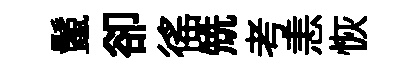
鬛卻徭兟考恚恢